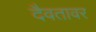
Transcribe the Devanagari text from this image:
दैवतावर